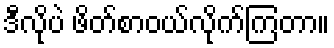
ဒီလိုပဲ ဖိတ်စာဝယ်လိုက်ကြတာ။